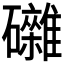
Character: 𥗭